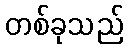
တစ်ခုသည်